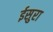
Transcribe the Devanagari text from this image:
ईसुरा